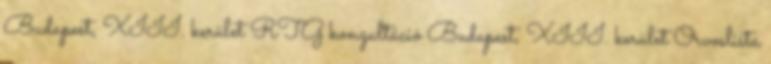
Budapest, XIII. kerület RTG konzultáció Budapest, XIII. kerület Orvoslista